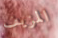
المزيف